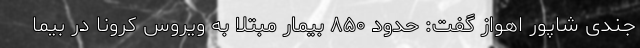
جندی شاپور اهواز گفت: حدود ۸۵۰ بیمار مبتلا به ویروس کرونا در بیما